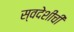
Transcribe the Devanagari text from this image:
स्वदेशीची